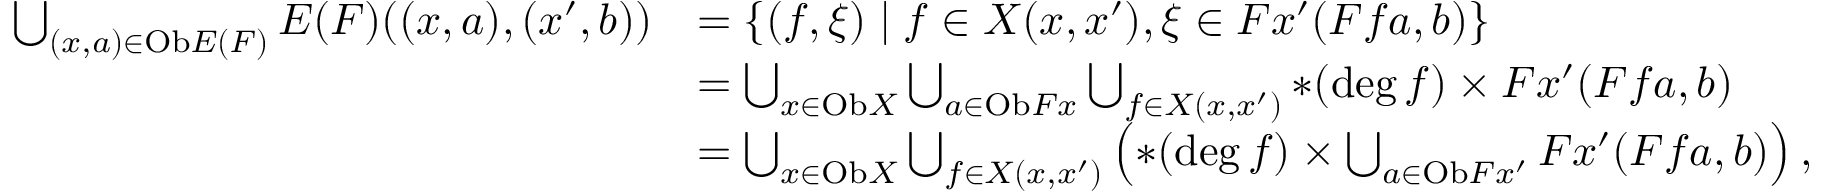
\begin{array} { r l } { \bigcup _ { ( x , a ) \in \mathrm { O b } E ( F ) } E ( F ) ( ( x , a ) , ( x ^ { \prime } , b ) ) } & { = \{ ( f , \xi ) \mid f \in X ( x , x ^ { \prime } ) , \xi \in F x ^ { \prime } ( F f a , b ) \} } \\ & { = \bigcup _ { x \in \mathrm { O b } X } \bigcup _ { a \in \mathrm { O b } F x } \bigcup _ { f \in X ( x , x ^ { \prime } ) } \ast ( \deg f ) \times F x ^ { \prime } ( F f a , b ) } \\ & { = \bigcup _ { x \in \mathrm { O b } X } \bigcup _ { f \in X ( x , x ^ { \prime } ) } \left( \ast ( \deg f ) \times \bigcup _ { a \in \mathrm { O b } F x ^ { \prime } } F x ^ { \prime } ( F f a , b ) \right) , } \end{array}